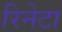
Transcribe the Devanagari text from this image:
रिनेटा